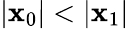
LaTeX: |\mathbf{x}_{0}|<|\mathbf{x}_{1}|